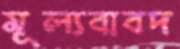
মূল্যবাবদ